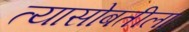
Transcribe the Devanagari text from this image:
त्यासोबतीला